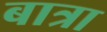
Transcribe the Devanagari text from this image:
बात्रा